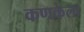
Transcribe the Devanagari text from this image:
कणकेला